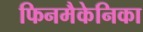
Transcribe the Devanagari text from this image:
फिनमैकेनिका